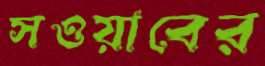
সওয়াবের